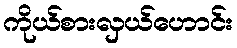
ကိုယ်စားလှယ်ဟောင်း